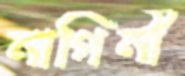
নাগিনী